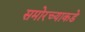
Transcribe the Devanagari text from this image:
समोरच्याकडे